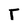
Character: T